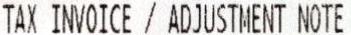
TAX INVOICE / ADJUSTMENT NOTE